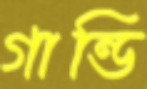
গান্ডি